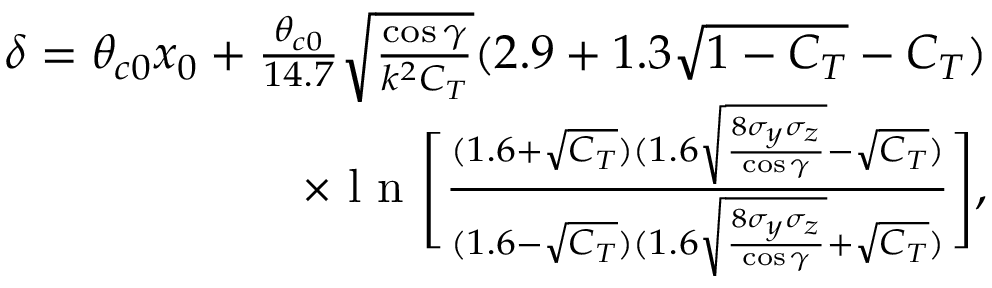
\begin{array} { r } { \delta = \theta _ { c 0 } x _ { 0 } + \frac { \theta _ { c 0 } } { 1 4 . 7 } \sqrt { \frac { \cos { \gamma } } { k ^ { 2 } C _ { T } } } ( 2 . 9 + 1 . 3 \sqrt { 1 - C _ { T } } - C _ { T } ) } \\ { \times \mathrm { ~ l ~ n ~ } \Bigg [ \frac { ( 1 . 6 + \sqrt { C _ { T } } ) ( 1 . 6 \sqrt { \frac { 8 \sigma _ { y } \sigma _ { z } } { \cos { \gamma } } } - \sqrt { C _ { T } } ) } { ( 1 . 6 - \sqrt { C _ { T } } ) ( 1 . 6 \sqrt { \frac { 8 \sigma _ { y } \sigma _ { z } } { \cos { \gamma } } } + \sqrt { C _ { T } } ) } \Bigg ] , } \end{array}